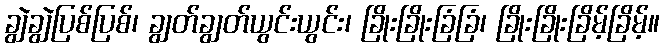
ချွဲချွဲပြစ်ပြစ်၊ ချွတ်ချွတ်ယွင်းယွင်း၊ ခြိုးခြိုးခြံခြံ၊ ခြိုးခြိုးခြိမ့်ခြိမ့်။